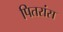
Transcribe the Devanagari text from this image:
पितरांस